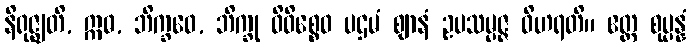
နိရုဇ္ဈတိ, ဣဓ, ဘိက္ခဝေ, ဘိက္ခု ဝိဝိစ္စေဝ ပဌမံ ဈာနံ ဥပသမ္ပဇ္ဇ ဝိဟရတိ။ ဧတ္ထ စုပ္ပန္နံ